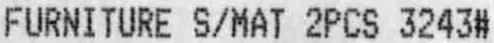
FURNITURE S/MAT 2PCS 3243#